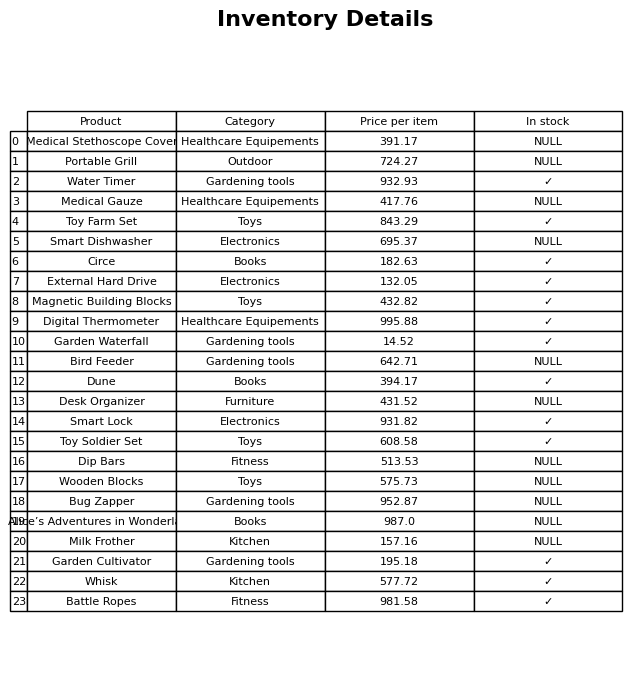
question: What is the price for Battle Ropes?
answer: The price of Battle Ropes is 981.58.